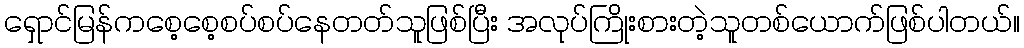
ရှောင်မြန်ကစေ့စေ့စပ်စပ်နေတတ်သူဖြစ်ပြီး အလုပ်ကြိုးစားတဲ့သူတစ်ယောက်ဖြစ်ပါတယ်။